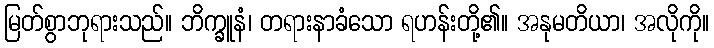
မြတ်စွာဘုရားသည်။ ဘိက္ခူနံ၊ တရားနာခံသော ရဟန်းတို့၏။ အနုမတိယာ၊ အလိုကို။